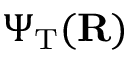
\Psi _ { \mathrm { T } } ( { \bf R } )